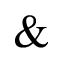
\&